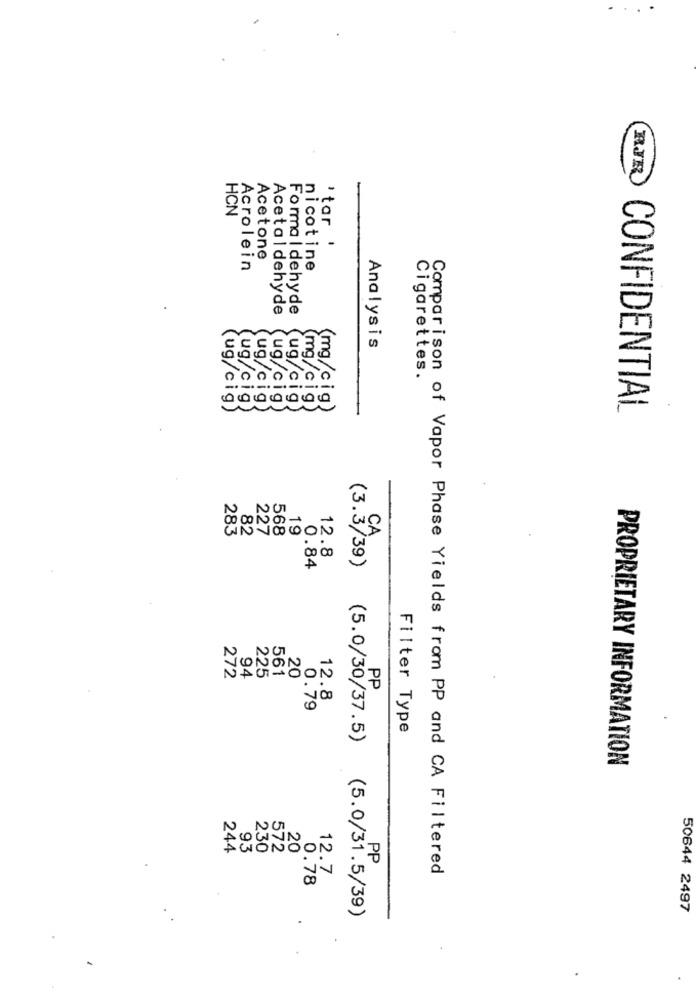
RJR
HCN
'tar !
Acetone
Acrolein
nicotine
Acetaldehyde
Forma I dehyde
Analysis
Cigarettes.
ug/cig
ug/cig
ug/cig
la cig
(mg/c ig
(mg/c ig)
(ug/cig)
CONFIDENTIAL
283
82
568
19
CA
227
12.8
0.84
(3.3/39)
225
561
272
94
20
PP
12.8
0.79
Filter Type
(5.0/30/37.5)
PROPRIETARY INFORMATION
244
93
230
572
20
PP
12.7
Comparison of Vapor Phase Yields from PP and CA Filtered
0.78
(5.0/31.5/39)
50644 2497